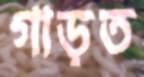
গাড়ত